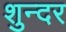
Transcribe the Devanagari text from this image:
शुन्दर